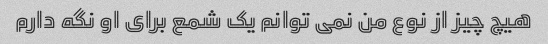
هیچ چیز از نوع من نمی توانم یک شمع برای او نگه دارم